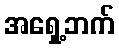
အရှေ့ဘက်